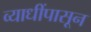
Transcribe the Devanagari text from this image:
व्याधींपासून